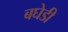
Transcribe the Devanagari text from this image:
बघेडी